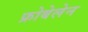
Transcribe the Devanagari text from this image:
फ्रोबेलेन